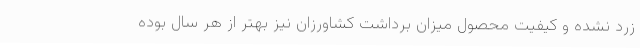
زرد نشده و کیفیت محصول میزان برداشت کشاورزان نیز بهتر از هر سال بوده